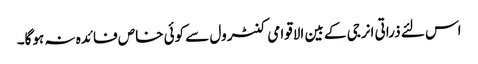
اس لئے ذراتی انرجی کے بین الاقوامی کنٹرول سے کوئی خاص فائدہ نہ ہوگا۔